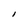
Character: l